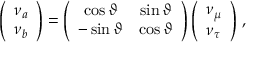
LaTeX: \left( \begin{array} { l } { { \nu _ { a } } } \\ { { \nu _ { b } } } \end{array} \right) = \left( \begin{array} { c c } { { \cos { \vartheta } } } & { { \sin { \vartheta } } } \\ { { - \sin { \vartheta } } } & { { \cos { \vartheta } } } \end{array} \right) \left( \begin{array} { l } { { \nu _ { \mu } } } \\ { { \nu _ { \tau } } } \end{array} \right) \, ,